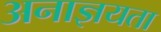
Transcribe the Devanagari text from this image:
अनाज्ञयता